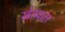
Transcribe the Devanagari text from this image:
खेतवाल